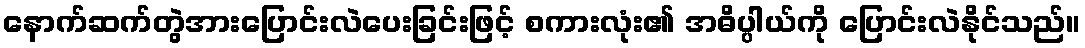
နောက်ဆက်တွဲအားပြောင်းလဲပေးခြင်းဖြင့် စကားလုံး၏ အဓိပ္ပါယ်ကို ပြောင်းလဲနိုင်သည်။